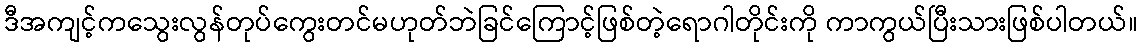
ဒီအကျင့်ကသွေးလွန်တုပ်ကွေးတင်မဟုတ်ဘဲခြင်ကြောင့်ဖြစ်တဲ့ရောဂါတိုင်းကို ကာကွယ်ပြီးသားဖြစ်ပါတယ်။